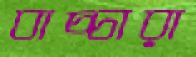
বাচ্চারা